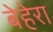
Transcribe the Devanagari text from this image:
बेहेरा